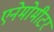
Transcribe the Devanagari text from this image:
एनेमोमीटर